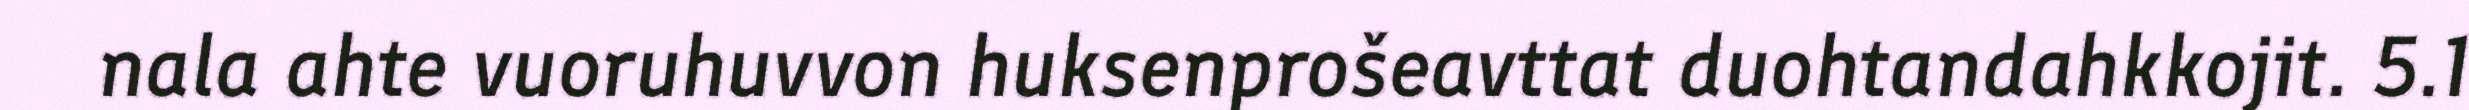
nala ahte vuoruhuvvon huksenprošeavttat duohtandahkkojit. 5.1